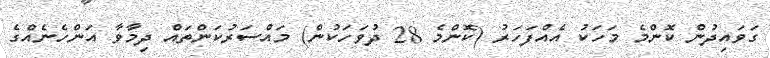
ގަވައިދުން ކޮންމެ މަހަކު އެއްފަހަރު (ކޮންމެ 28 ދުވަހަކުން) މައްސަރުކަންތައް ދިމާވާ އަންހެނެއްގެ